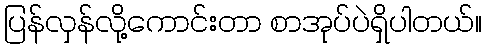
ပြန်လှန်လို့ကောင်းတာ စာအုပ်ပဲရှိပါတယ်။